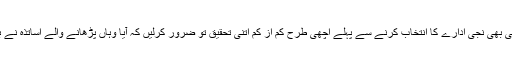
اس لیئے ضروری ہے آپ چینی زبان سیکھنے کے لیئے کسی بھی نجی ادارے کا انتخاب کرنے سے پہلے اچھی طرح کم از کم اتنی تحقیق تو ضرور کرلیں کہ آیا وہاں پڑھانے والے اساتذہ نے بھی چینی زبان باقاعدہ طور پر کہیں سے سیکھی ہے یا نہیں۔